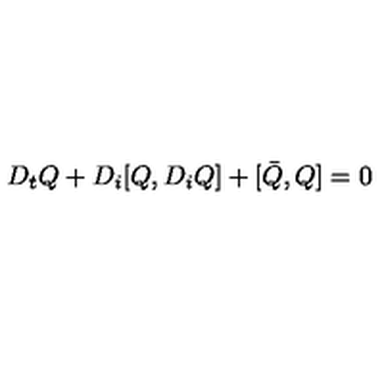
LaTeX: D _ { t } Q + D _ { i } [ Q , D _ { i } Q ] + [ \bar { Q } , Q ] = 0